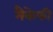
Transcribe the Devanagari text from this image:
मैकेफी